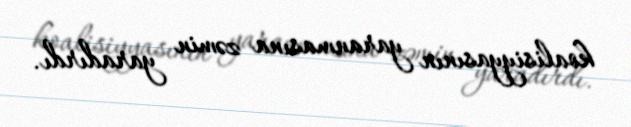
koalisiyyasının yaranmasına zəmin yaradırdı.